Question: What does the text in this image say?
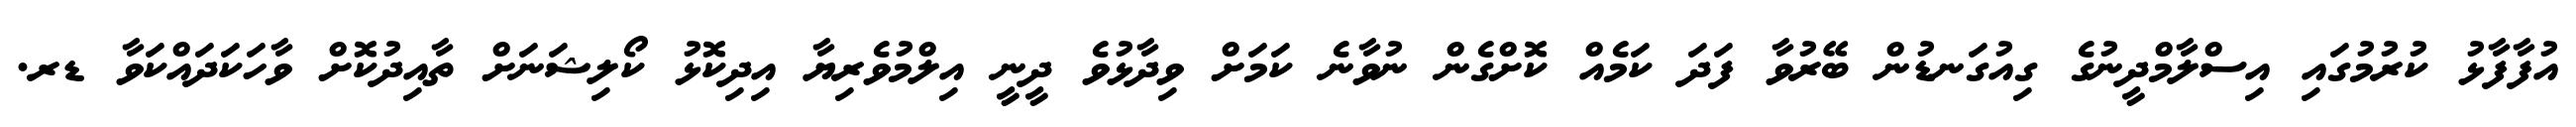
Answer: އުފާފާޅު ކުރުމުގައި އިސްލާމްދީނުގެ ގިއުގަނޑުން ބޭރުވާ ފަދަ ކަމެއް ކޮށްގެން ނުވާނެ ކަމަށް ވިދާޅުވެ ދީނީ އިލްމުވެރިޔާ އިދިކޮޅު ކޯލިޝަނަށް ތާއިދުކޮށް ވާހަކަދައްކަވާ ޑރ.